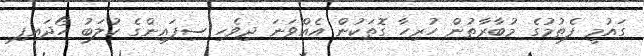
ގައުމީ ފެތުމުގެ މުބާރާތުން ހުރިހާ ގޮތަކުން އެއްވަނަ ދިވެހި ސިފައިންގެ ކުލަބު ހޯދައިފި